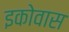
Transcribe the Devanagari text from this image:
इकोवास